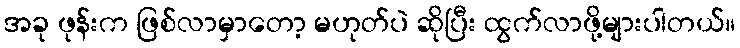
အခု ဖုန်းက ဖြစ်လာမှာတော့ မဟုတ်ပဲ ဆိုပြီး ထွက်လာဖို့များပါတယ်။